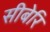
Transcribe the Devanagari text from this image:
सीबेरि